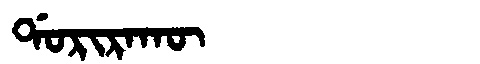
Manchu: ᡩᠣᡵᡳᡵᠠᡴᡡ
Romanization: DORIRAKŪ